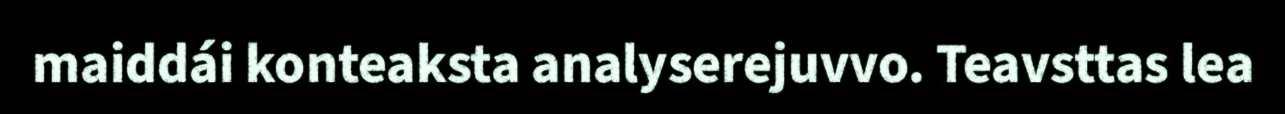
maiddái konteaksta analyserejuvvo. Teavsttas lea